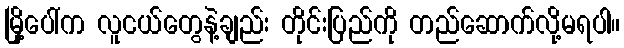
မြို့ပေါ်က လူငယ်တွေနဲ့ချည်း တိုင်းပြည်ကို တည်ဆောက်လို့မရပါ။